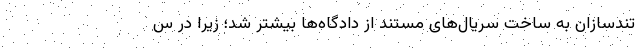
تندسازان به ساخت سریال‌های مستند از دادگاه‌ها بیشتر شد؛ زیرا در س